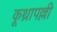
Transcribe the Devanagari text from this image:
कूथ्रापल्ली